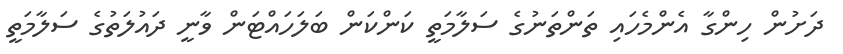
ދަށުން ހިންގާ އެންމެހައި ތަންތަނުގެ ސަލާމަތީ ކަންކަން ބަލަހައްޓަން ވާނީ ދައުލަތުގެ ސަލާމަތީ